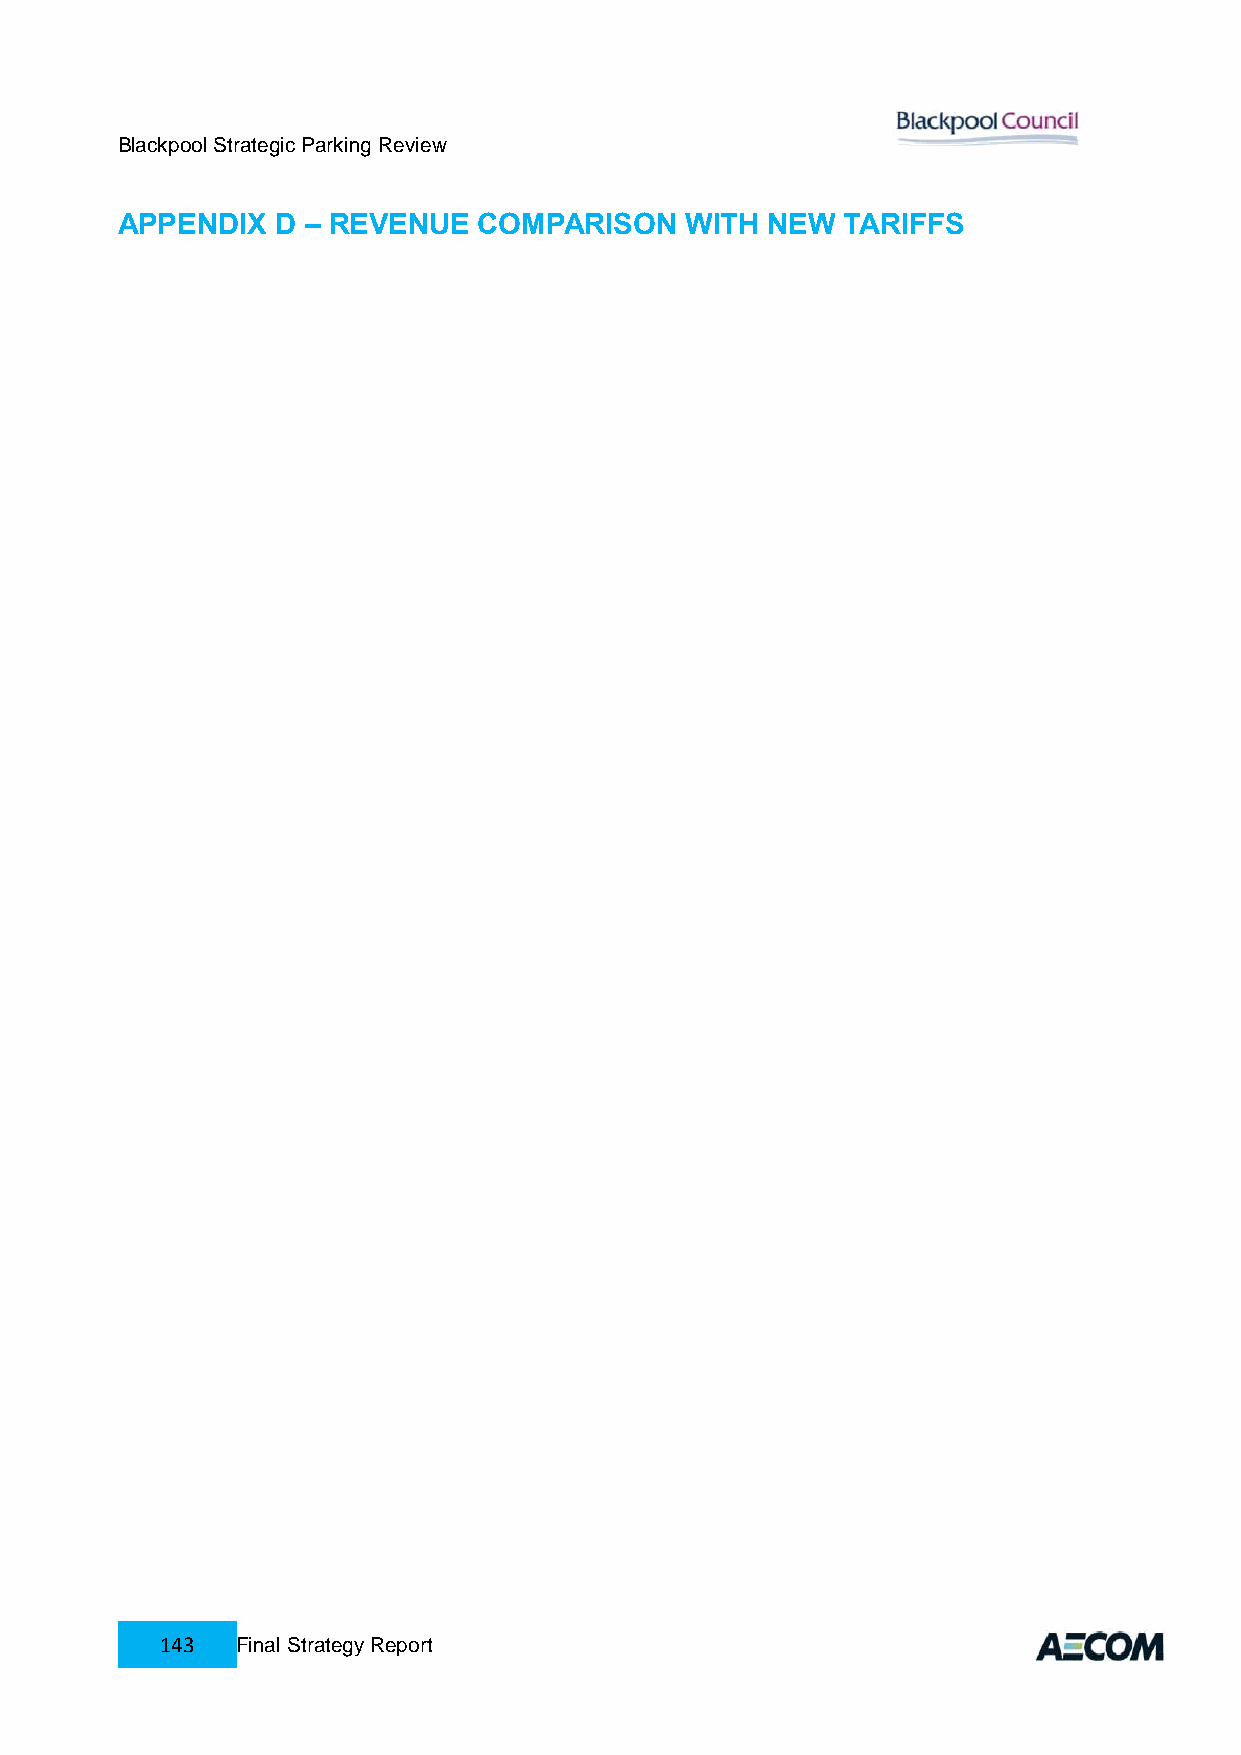
Blackpool Strategic Parking Review
 APPENDIX  D – REVENUE   COMPARISON   WITH  NEW  TARIFFS
 143  Final Strategy Report